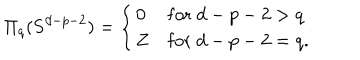
LaTeX: \Pi _ { q } ( { \bf S } ^ { d - p - 2 } ) = \left\{ \begin{array} { l l l } { { 0 } } & { { \mathrm { f o r } \; d - p - 2 > q } } \\ { { { \bf Z } } } & { { \mathrm { f o r } \; d - p - 2 = q . } } \\ \end{array} \right.